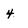
Character: 4